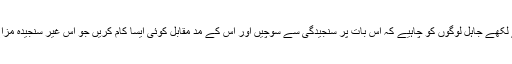
90فیصد پڑھے لکھے جاہل لوگوں کو چاہیے کہ اس بات پر سنجیدگی سے سوچیں اور اس کے مد مقابل کوئی ایسا کام کریں جو اس غیر سنجیدہ مزاح کو ختم کرے۔